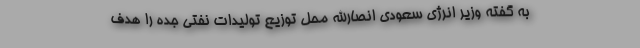
به گفته وزیر انرژی سعودی انصارالله محل توزیع تولیدات نفتی جده را هدف